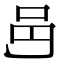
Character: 𨙨